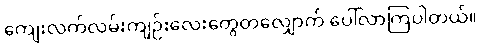
ကျေးလက်လမ်းကျဉ်းလေးတွေတလျှောက် ပေါ်လာကြပါတယ်။